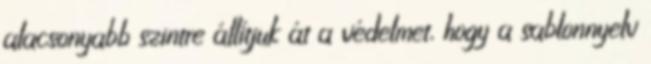
alacsonyabb szintre állítjuk át a védelmet, hogy a sablonnyelv